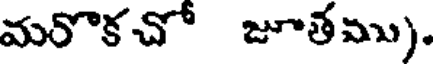
మరొకచో జూతము).